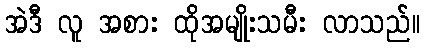
အဲဒီ လူ အစား ထိုအမျိုးသမီး လာသည်။